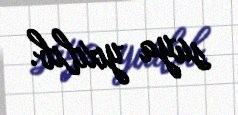
suya yıxılıb.